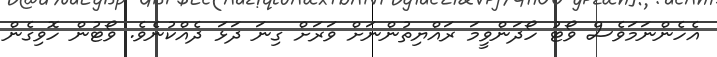
އެހެންނަމަވެސް ވޯޓު ހޯދަންވީމަ ރައްޔިތުންނަށް ވަރަށް ގިނަ ދަޅަ ދެއްކުނެވެ. ވޯޓުން ހޮވިގެން